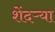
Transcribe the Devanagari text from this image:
शेंदऱ्या